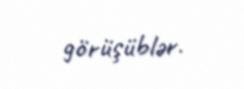
görüşüblər.